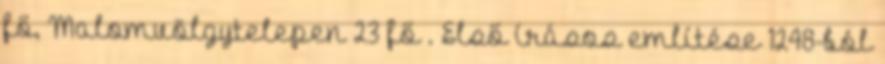
fő, Malomvölgytelepen 23 fő . Első írásos említése 1248-ból